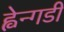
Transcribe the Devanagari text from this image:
ह्वेन्गडी